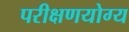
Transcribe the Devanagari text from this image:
परीक्षणयोग्य